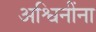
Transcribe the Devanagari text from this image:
अश्विनींना